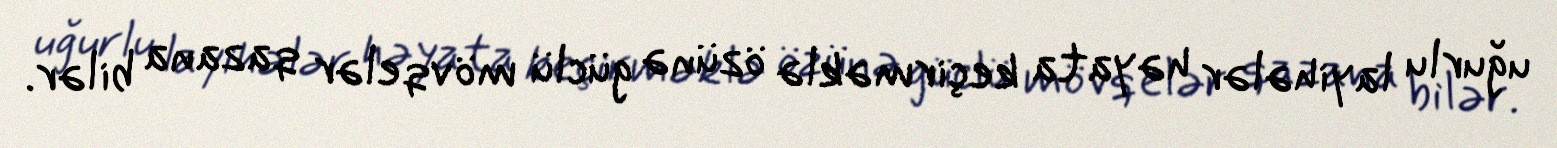
uğurlu layihələr həyata keçirməklə özünə güclü mövqelər qazana bilər.